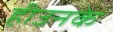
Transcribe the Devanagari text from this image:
हीउनके